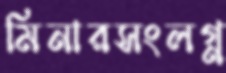
মিনারসংলগ্ন